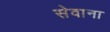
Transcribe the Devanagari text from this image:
सेवाना